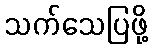
သက်သေပြဖို့